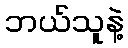
ဘယ်သူနဲ့